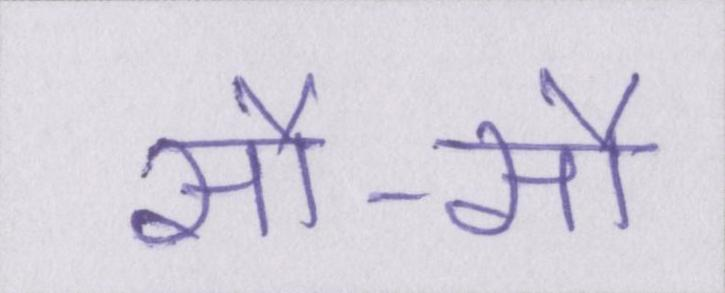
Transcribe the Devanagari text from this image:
सौ-सौ